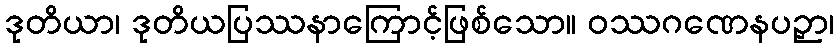
ဒုတိယာ၊ ဒုတိယပြဿနာကြောင့်ဖြစ်သော။ ဝဿဂဏေနပဉှာ၊